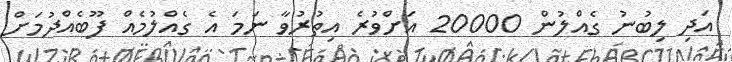
އަދި ލިބުނު ގެއްލުން 20000 އަށްވުރެ އިތުރުވާ ނަމަ އެ ގެއްލުމެއް ފޫބެއްދުމަށް